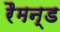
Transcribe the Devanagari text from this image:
रैमन्ड